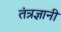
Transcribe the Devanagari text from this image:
तंत्रज्ञानी